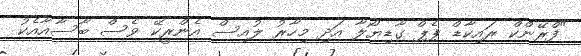
"ފްރޭންކް ރައިކާޑް ޕެޕް ގާޑިޔޯލާ އަދި މިހާރު ލުއިސް އެންރީކޭ ވެސް ބާސާއާއެކު